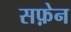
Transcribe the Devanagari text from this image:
सफ़ेन